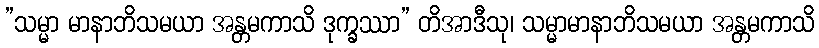
”သမ္မာ မာနာဘိသမယာ အန္တမကာသိ ဒုက္ခဿာ” တိအာဒီသု၊ သမ္မာမာနာဘိသမယာ အန္တမကာသိ